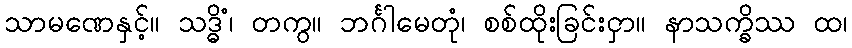
သာမဏေနှင့်။ သဒ္ဓိံ၊ တကွ။ ဘင်္ဂါမေတုံ၊ စစ်ထိုးခြင်းငှာ။ နာသက္ခိဿ ထ၊